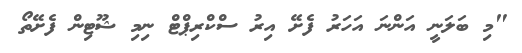
"މި ބަލަނީ އަންނަ އަހަރު ފެށޭ އިރު ސްކްރިޕްޓް ނިމި ޝޫޓިން ފެށޭތޯ